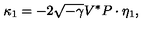
\kappa _ { 1 } = - 2 \sqrt { - \gamma } V ^ { * } P \cdot \eta _ { 1 } ,